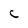
Character: C